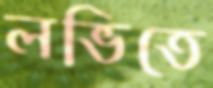
লভিতে